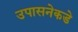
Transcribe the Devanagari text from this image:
उपासनेकडे